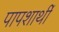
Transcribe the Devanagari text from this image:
पापशार्थी